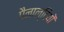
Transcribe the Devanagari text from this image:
पैनाल्टियों